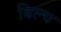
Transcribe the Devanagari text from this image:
बिल्च